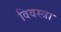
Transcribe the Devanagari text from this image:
विवस्त्रा